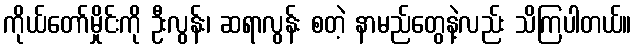
ကိုယ်တော်မှိုင်းကို ဦးလွန်း၊ ဆရာလွန်း စတဲ့ နာမည်တွေနဲ့လည်း သိကြပါတယ်။